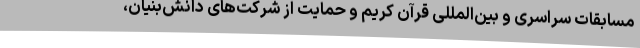
مسابقات سراسری و بین‌المللی قرآن کریم و حمایت از شرکت‌های دانش‌بنیان،